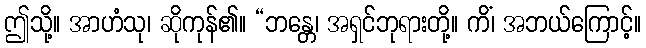
ဤသို့။ အာဟံသု၊ ဆိုကုန်၏။ “ဘန္တေ၊ အရှင်ဘုရားတို့။ ကိံ၊ အဘယ်ကြောင့်။